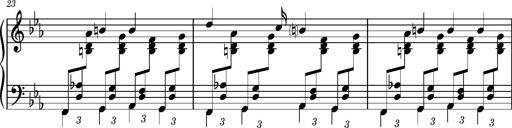
Title: PrÃ©ludes et Harmonies poÃ©tiques et religieuses
Composer: Franz Liszt